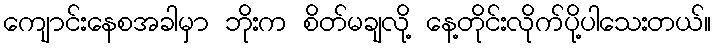
ကျောင်းနေစအခါမှာ ဘိုးက စိတ်မချလို့ နေ့တိုင်းလိုက်ပို့ပါသေးတယ်။